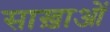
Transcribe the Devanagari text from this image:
साख़ाओं